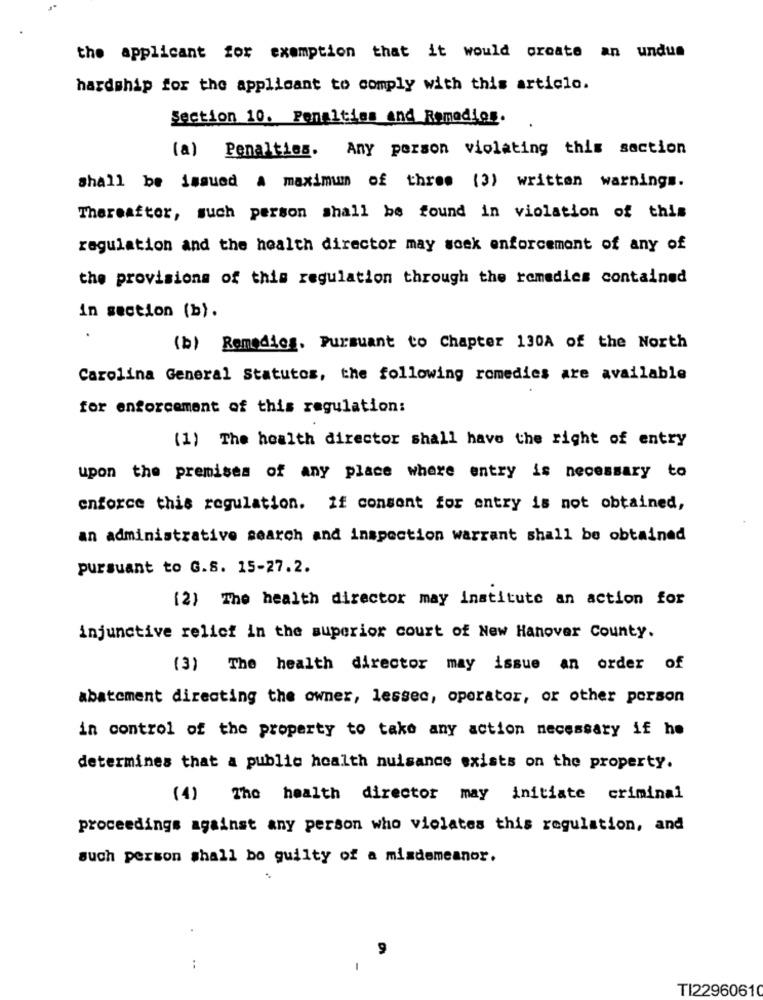
the applicant for exemption that it would create an undus
hardship for the applicant to comply with this article.
Section 10. Penalties and Remedios.
(a) Penalties. Any person violating this section
shall be issued a maximum of three (3) written warnings.
Thereafter, such person shall be found in violation of this
regulation and the health director may soek enforcement of any of
the provisions of this regulation through the remedies contained
in section (b).
(b) Remedies. Pursuant to Chapter 130A of the North
Carolina General Statutos, the following romedies are available
for enforcement of this regulation:
(1) The health director shall have the right of entry
upon the premises of any place where entry is necessary to
enforce this regulation. if consent for entry is not obtained,
an administrative search and inspection warrant shall be obtained
pursuant to G.S. 15-27.2.
[2) The health director may institute an action for
injunctive relief in the superior court of New Hanover County.
(3) The health director may issue an order of
abatement directing the owner, lessec, operator, or other person
in control of the property to take any action necessary if he
determines that a public health nuisance exists on the property.
(4) The health director may initiate criminal
proceedings against any person who violates this regulation, and
such person shall bo guilty of a misdemeanor.
9
-
TI22960610